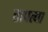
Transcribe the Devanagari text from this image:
तापत्या